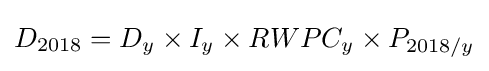
D_{2018}=D_{y}\times I_{y}\times RWPC_{y}\times P_{2018/y}